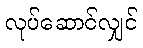
လုပ်ဆောင်လျှင်